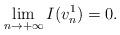
LaTeX: \begin{align*} \lim_{n \to +\infty} I(v_n^1)=0.\end{align*}